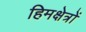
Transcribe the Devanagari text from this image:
हिमक्षेत्रों